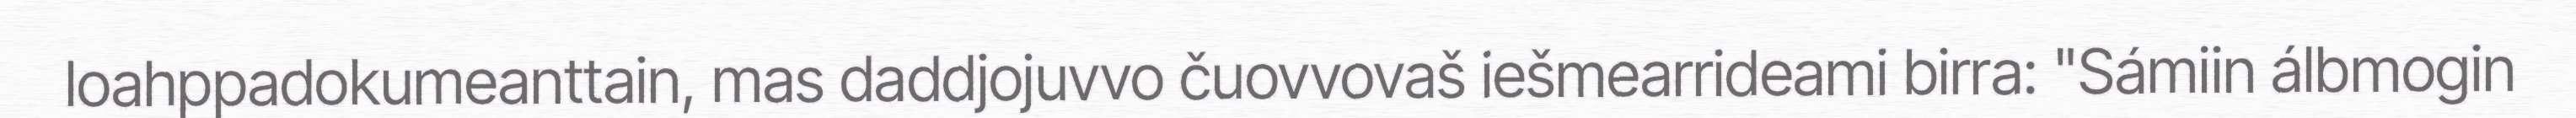
loahppadokumeanttain, mas daddjojuvvo čuovvovaš iešmearrideami birra: "Sámiin álbmogin